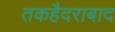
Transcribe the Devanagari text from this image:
तकहैदराबाद